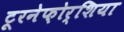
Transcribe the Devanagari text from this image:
टूरनेफ़ोर्शिया